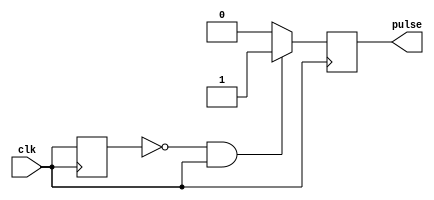
module Falling_Edge_Pulse_Generator (
    input wire clk,
    output reg pulse
);

reg prev_clk;

always @(posedge clk)
begin
    if (!prev_clk && clk) // Detect falling edge of the clock
        pulse <= 1'b1;
    else
        pulse <= 1'b0;
end

always @(posedge clk)
begin
    prev_clk <= clk;
end

endmodule